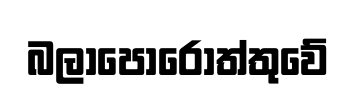
බලාපොරොත්තුවේ